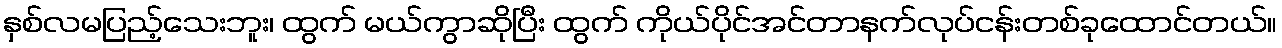
နှစ်လမပြည့်သေးဘူး၊ ထွက် မယ်ကွာဆိုပြီး ထွက် ကိုယ်ပိုင်အင်တာနက်လုပ်ငန်းတစ်ခုထောင်တယ်။